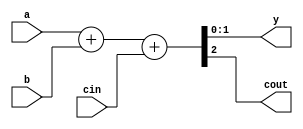
module internal #(
    parameter N = 2
) (
    input wire [N-1: 0] a,
    input wire [N-1: 0] b,
    input wire cin,
    output wire [N-1: 0] y,
    output wire cout
);

assign {cout, y} = a + b + cin;

endmodule